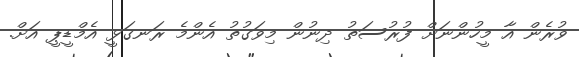
ވުރެން އާ މީހުންނަށް ފުރުސަތު ދިނުން މިވަގުތު އެންމެ ރަނގަޅީ އެމްޑީޕީ އަށް.